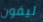
ليفون